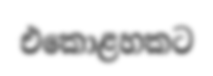
එකොළහකට